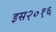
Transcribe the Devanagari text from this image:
इस२०१६